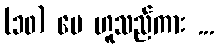
(၁၀) ပေ ဟူသည်ကား ...